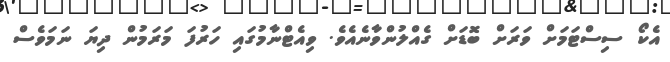
އެކޯ ސިސްޓަމަށް ވަރަށް ބޮޑަށް ގެއްލުންވާނެއެވެ. ވިއެޓްނާމުގައި ހަރުފަ މަރަމުން ދިޔަ ނަމަވެސް